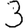
Digit: 3